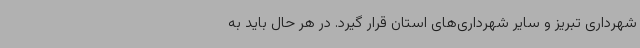
شهرداری تبریز و سایر شهرداری‌های استان قرار گیرد. در هر حال باید به